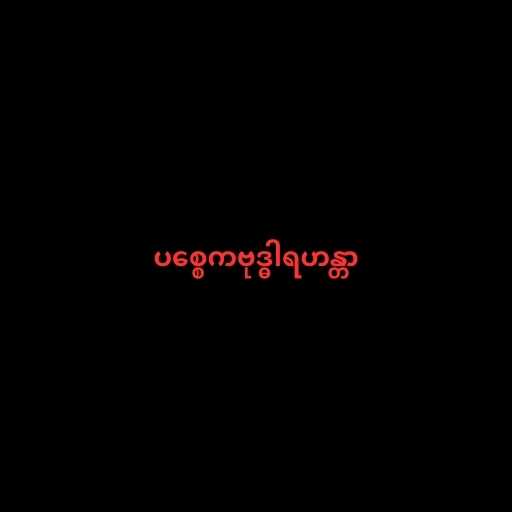
ပစ္စေကဗုဒ္ဓါရဟန္တာ